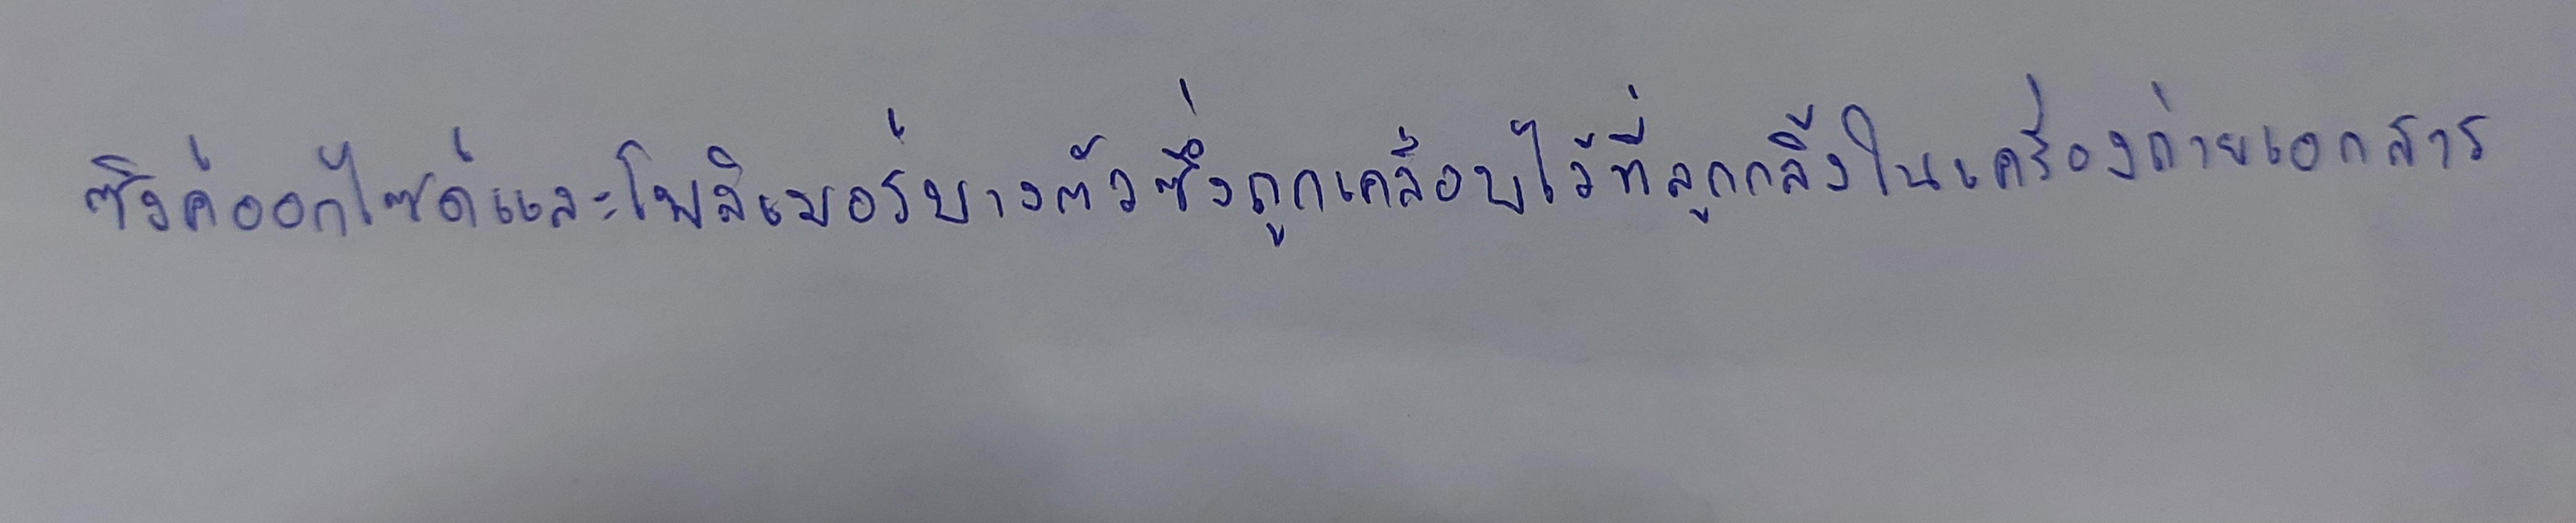
ซิงค์ออกไซด์และโพลิเมอร์บางตัวซึ่งถูกเคลือบไว้ที่ลูกกลิ้งในเครื่องถ่ายเอกสาร